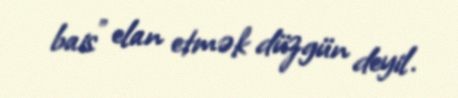
bais” elan etmək düzgün deyil.